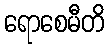
ရောစေမီတိ